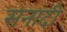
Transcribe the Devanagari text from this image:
सनादी